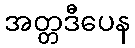
အတ္တဒီပေန